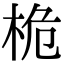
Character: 桅